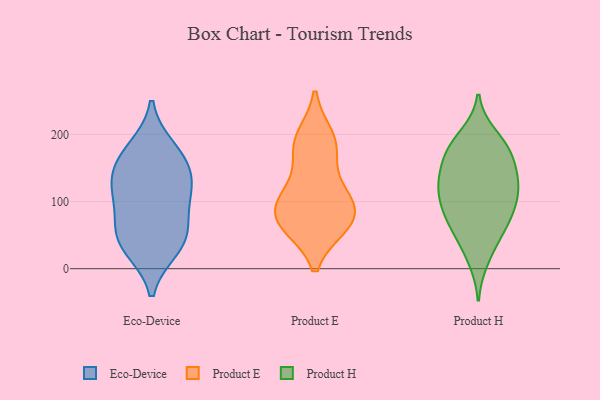
{"axis": {"x": "Latency (ms)", "y": "Value"}, "legend": ["Eco-Device", "Product E", "Product H"], "data": [{"x": "", "y": 36, "type": "Eco-Device"}, {"x": "", "y": 120, "type": "Eco-Device"}, {"x": "", "y": 161, "type": "Eco-Device"}, {"x": "", "y": 155, "type": "Eco-Device"}, {"x": "", "y": 178, "type": "Eco-Device"}, {"x": "", "y": 56, "type": "Eco-Device"}, {"x": "", "y": 113, "type": "Eco-Device"}, {"x": "", "y": 113, "type": "Eco-Device"}, {"x": "", "y": 60, "type": "Eco-Device"}, {"x": "", "y": 31, "type": "Eco-Device"}, {"x": "", "y": 178, "type": "Product E"}, {"x": "", "y": 106, "type": "Product E"}, {"x": "", "y": 71, "type": "Product E"}, {"x": "", "y": 116, "type": "Product E"}, {"x": "", "y": 67, "type": "Product E"}, {"x": "", "y": 195, "type": "Product E"}, {"x": "", "y": 74, "type": "Product E"}, {"x": "", "y": 65, "type": "Product E"}, {"x": "", "y": 184, "type": "Product E"}, {"x": "", "y": 101, "type": "Product E"}, {"x": "", "y": 186, "type": "Product H"}, {"x": "", "y": 95, "type": "Product H"}, {"x": "", "y": 132, "type": "Product H"}, {"x": "", "y": 138, "type": "Product H"}, {"x": "", "y": 177, "type": "Product H"}, {"x": "", "y": 138, "type": "Product H"}, {"x": "", "y": 158, "type": "Product H"}, {"x": "", "y": 181, "type": "Product H"}, {"x": "", "y": 104, "type": "Product H"}, {"x": "", "y": 14, "type": "Product H"}, {"x": "", "y": 73, "type": "Product H"}, {"x": "", "y": 169, "type": "Product H"}, {"x": "", "y": 121, "type": "Product H"}, {"x": "", "y": 69, "type": "Product H"}, {"x": "", "y": 111, "type": "Product H"}, {"x": "", "y": 198, "type": "Product H"}, {"x": "", "y": 70, "type": "Product H"}, {"x": "", "y": 32, "type": "Product H"}, {"x": "", "y": 113, "type": "Product H"}, {"x": "", "y": 61, "type": "Product H"}]}